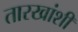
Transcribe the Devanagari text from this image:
तारखांशी